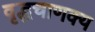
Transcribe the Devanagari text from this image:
वृद्धचाणक्य